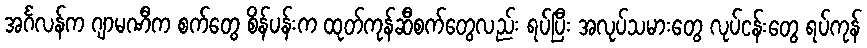
အင်္ဂလန်က ဂျာမဏီက စက်တွေ စိန်ပန်းက ထုတ်ကုန်ဆီစက်တွေလည်း ရပ်ပြီး အလုပ်သမားတွေ လုပ်ငန်းတွေ ရပ်ကုန်